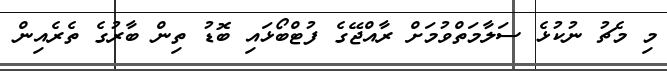
މި މެޗު ނުކުޅެ ސަލާމަތްވުމަށް ރާއްޖޭގެ ފުޓްބޯޅައި ބޮޑު ތިން ބާރުގެ ތެރެއިން